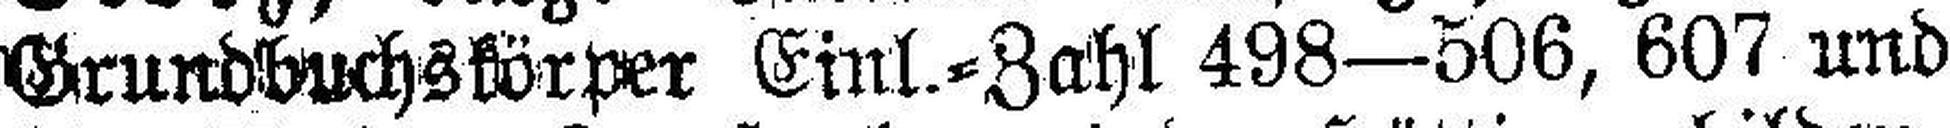
Grundbuchskörper Einl.=Zahl 498—506, 607 und